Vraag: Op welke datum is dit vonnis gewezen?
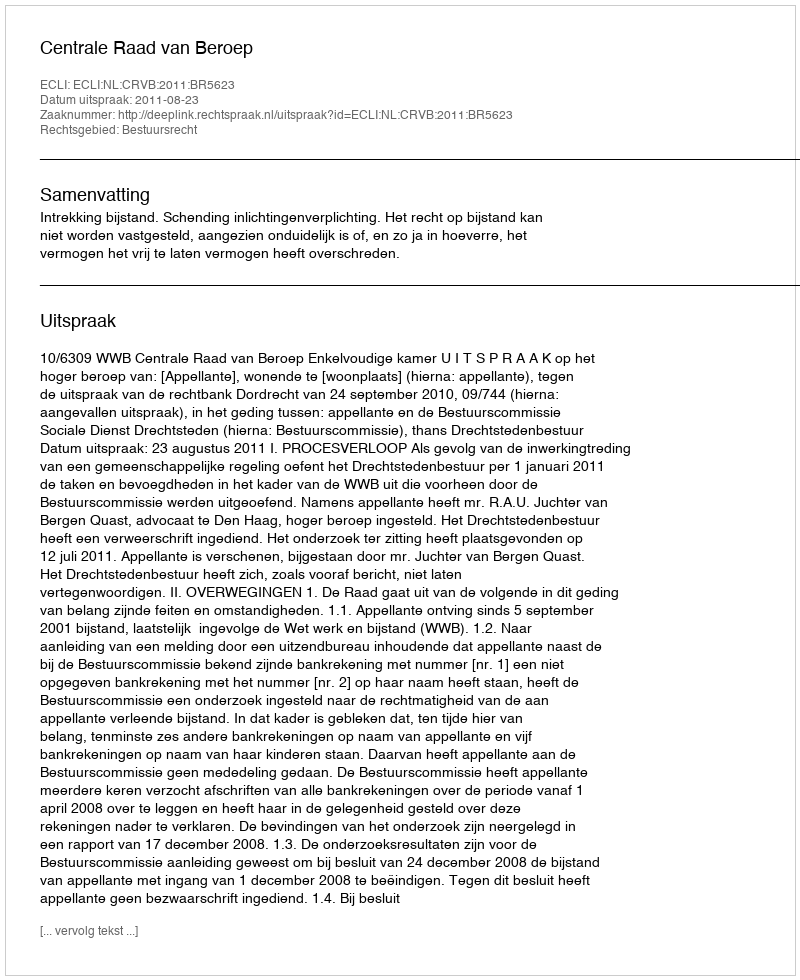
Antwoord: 2011-08-23